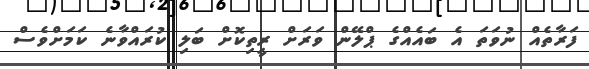
ފަރާތެއް ނުވަތަ އެ ބައެއްގެ ޕްލޭން ވަރަށް ރީތިކޮށް ބަލި ކުރައްވާނެ ކަމަށްވެސް